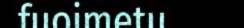
fuoimetu.